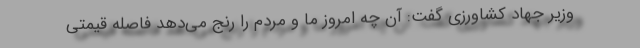
وزیر جهاد کشاورزی گفت: آن چه امروز ما و مردم را رنج می‌دهد فاصله قیمتی